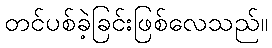
တင်ပစ်ခဲ့ခြင်းဖြစ်လေသည်။